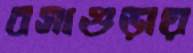
বসাগুড়ায়